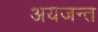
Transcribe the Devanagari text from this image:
अयजन्त